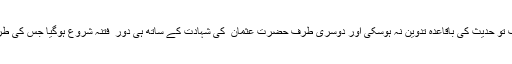
خیر القرون کے گزر نے تک ایک طرف تو حدیث کی باقاعدہ تدوین نہ ہوسکی اور دوسری طرف حضرت عثمان ؓ کی شہادت کے ساتھ ہی دور ِ فتنہ شروع ہوگیا جس کی طرف احادیث میں اشارات پائے جاتے ہیں۔